Bombay plague: being a history of the progress of plague in the Bombay presidency from September 1896 to June 1899
Year: 1896
Disease focus: Plague
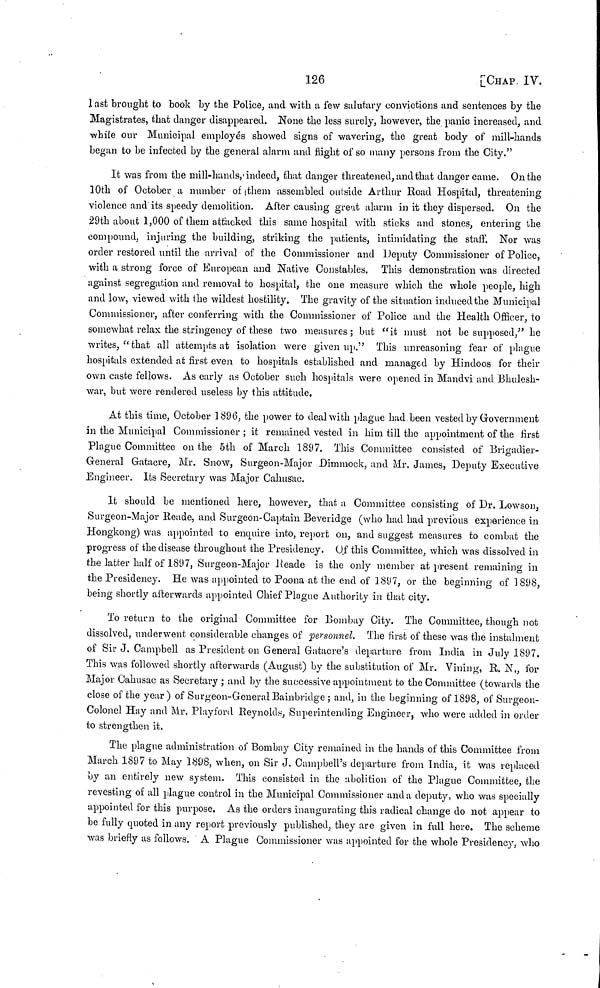
126
[CHAP. IV.
Last brought to book by the Police, and with a few salutary convictions and sentences by the
Magistrates, that danger disappeared. None the less surely, however, the panic increased, and
while our Municipal employes showed signs of wavering, the great body of mill-hands
began to be infected by the general alarm and fight of so many persons from the City."
It was from the mill-hands, indeed, that danger threatened, and that danger came. On the
10th of October a number of them assembled outside Arthur Road Hospital, threatening
violence and its speedy demolition. After causing great alarm in it they dispersed. On the
29th about 1,000 of them attacked this same hospital with sticks and stones, entering the
compound, injuring the building, striking the patients, intimidating the staff. Nor was
order restored until the arrival of the Commissioner and Deputy Commissioner of Police,
with a strong force of European and Native Constables. This demonstration was directed
against segregation and removal to hospital, the one measure which the whole people, high
and low, viewed with the wildest hostility. The gravity of the situation induced the Municipal
Commissioner, after conferring with the Commissioner of Police and the Health Officer, to
somewhat relax the stringency of these two measures; but "it must not be supposed," he
writes, " that all attempts at isolation were given up." This unreasoning fear of plague
hospitals extended at first even to hospitals established and managed by Hindoos for their
own caste fellows. As early as October such hospitals were opened in Mandvi and Bhulesh-
war, but were rendered useless by this attitude.
At this time, October 1896, the power to deal with plague had been vested by Government
in the Municipal Commissioner ; it remained vested in him till the appointment of the first
Plague Committee on the 5th of March 1897. This Committee consisted of Brigadier-
General Gatacre, Mr. Snow, Surgeon-Major Dimmock, and Mr. James, Deputy Executive
Engineer. Its Secretary was Major Cahusac.
It should be mentioned here, however, that a Committee consisting of Dr. Lowson,
Surgeon-Major Reade, and Surgeon-Captain Beveridge (who had had previous experience in
Hongkong) was appointed to enquire into, report on, and suggest measures to combat the
progress of the disease throughout the Presidency. Of this Committee, which was dissolved in
the latter half of 1897, Surgeon-Major Reade is the only member at present remaining in
the Presidency. He was appointed to Poona at the end of 1897, or the beginning of 1898,
being shortly afterwards appointed Chief Plague Authority in that city.
To return to the original Committee for Bombay City. The Committee, though not
dissolved, underwent considerable changes of personnel. The first of these was the instalment
of Sir J. Campbell as President on General Gatacre's departure from India in July 1897.
This was followed shortly afterwards (August) by the substitution of Mr. Vining, R. N., for
Major Cahusac as Secretary ; and by the successive appointment to the Committee (towards the
close of the year) of Surgeon-General Bainbridge ; and, in the beginning of 1898, of Surgeon-
Colonel Hay and Mr. Playford Reynolds, Superintending Engineer, who were added in order
to strengthen it.
The plague administration of Bombay City remained in the hands of this Committee from
March 1897 to May 1898, when, on Sir J. Campbell's departure from India, it was replaced
by an entirely new system. This consisted in the abolition of the Plague Committee, the
revesting of all plague control in the Municipal Commissioner and a deputy, who was specially
appointed for this purpose. As the orders inaugurating this radical change do not appear to
be fully quoted in any report previously published, they are given in full here. The scheme
was briefly as follows. A Plague Commissioner was appointed for the whole Presidency, who